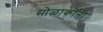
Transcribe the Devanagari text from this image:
सोळाकोनी